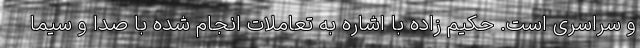
و سراسری است. حکیم زاده با اشاره به تعاملات انجام شده با صدا و سیما